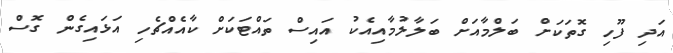
އަދި ފޫހި ގޮތަކަށް ބަލްމާއަށް ބަލާލުމާއިއެކު އައިސް ތައްޓަކަށް ކާއެއްޗެހި އަޅައިގެން ގޮސް